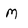
Character: M